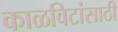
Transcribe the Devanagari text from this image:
काळविटांसाठी